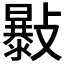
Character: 𣀛